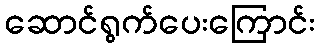
ဆောင်ရွက်ပေးကြောင်း